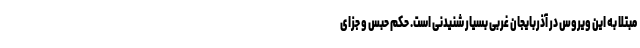
مبتلا به این ویروس در آذربایجان غربی بسیار شنیدنی است. حکم حبس و جزای